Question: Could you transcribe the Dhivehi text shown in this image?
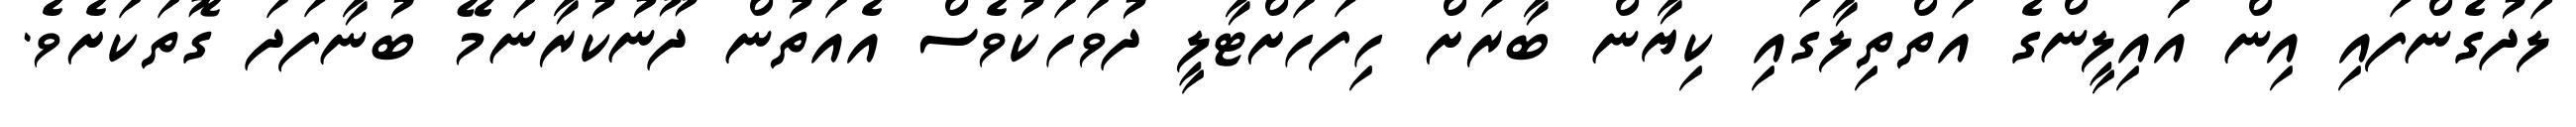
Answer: ލަދުގެންފައި އިން އަައިލީންގެ އަތްތިލާގައި ކިޔާން ބާރަށް ހިފަހަށްޓާލީ ދުވަހަކުވެސް އެއަތުން ދޫނުކުރާނަމޭ ބުނާފަދަ ގޮތަކަށެވެ.